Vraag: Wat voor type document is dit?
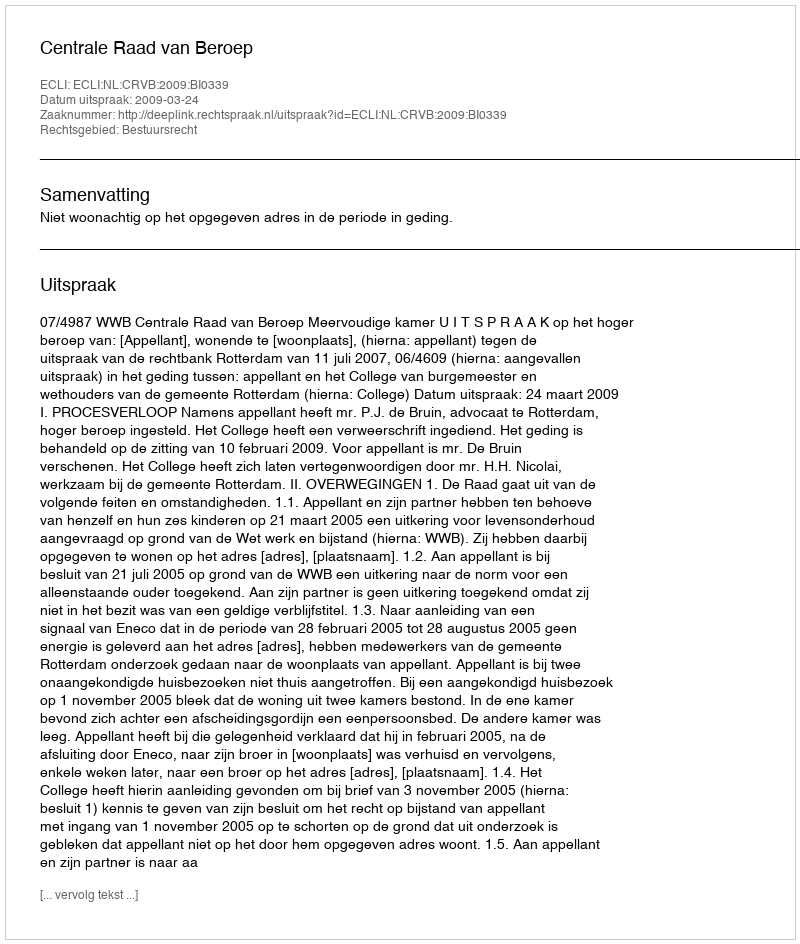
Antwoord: Uitspraak